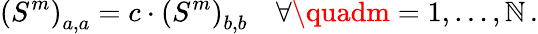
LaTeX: \left(S^{m}\right)_{a,a}=c\cdot\left(S^{m}\right)_{b,b}\quad\forall\quadm=1,\ldots{},\mathbb{N}\, .